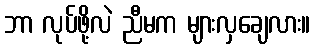
ဘာ လုပ်ဖို့လဲ ညီမက များလှချေလား။